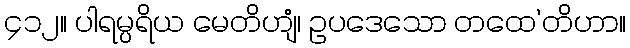
၄၁၂။ ပါရမ္ပရိယ မေတိဟျံ၊ ဥပဒေသော တထေ’တိဟာ။